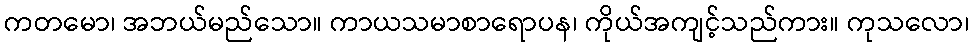
ကတမော၊ အဘယ်မည်သော။ ကာယသမာစာရောပန၊ ကိုယ်အကျင့်သည်ကား။ ကုသလော၊